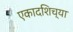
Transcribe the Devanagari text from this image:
एकादशिच्या